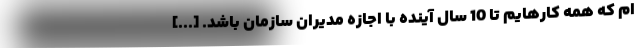
ام که همه کارهایم تا 10 سال آینده با اجازه مدیران سازمان باشد. [...]